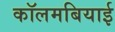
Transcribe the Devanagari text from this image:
कॉलमबियाई